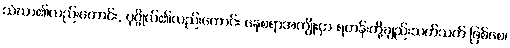
သံဃာ၏လည်းကောင်း, ပုဂ္ဂိုလ်၏လည်းကောင်း နေစရာအကျိုးငှာ ရဟန်းတို့ချည်းသက်သက် ဖြစ်စေ၊